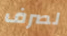
لصرف